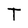
Character: T